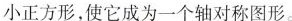
小正方形，使它成为一个轴对称图形。